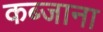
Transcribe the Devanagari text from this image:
कब्जाना